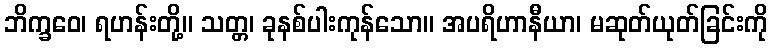
ဘိက္ခဝေ၊ ရဟန်းတို့။ သတ္တ၊ ခုနစ်ပါးကုန်သော။ အပရိဟာနီယာ၊ မဆုတ်ယုတ်ခြင်းကို